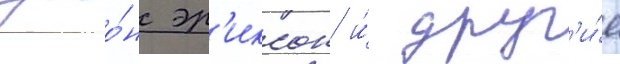
джо́н эр'иксон и́ друг'и́е